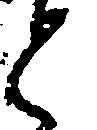
と